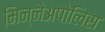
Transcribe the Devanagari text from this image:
मिन्नेअपोलिस